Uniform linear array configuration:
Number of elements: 64
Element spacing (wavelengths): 0.25
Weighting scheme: exponential
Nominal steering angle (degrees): -60
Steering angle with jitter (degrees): -60.519
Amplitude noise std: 0.05
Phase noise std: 0.05

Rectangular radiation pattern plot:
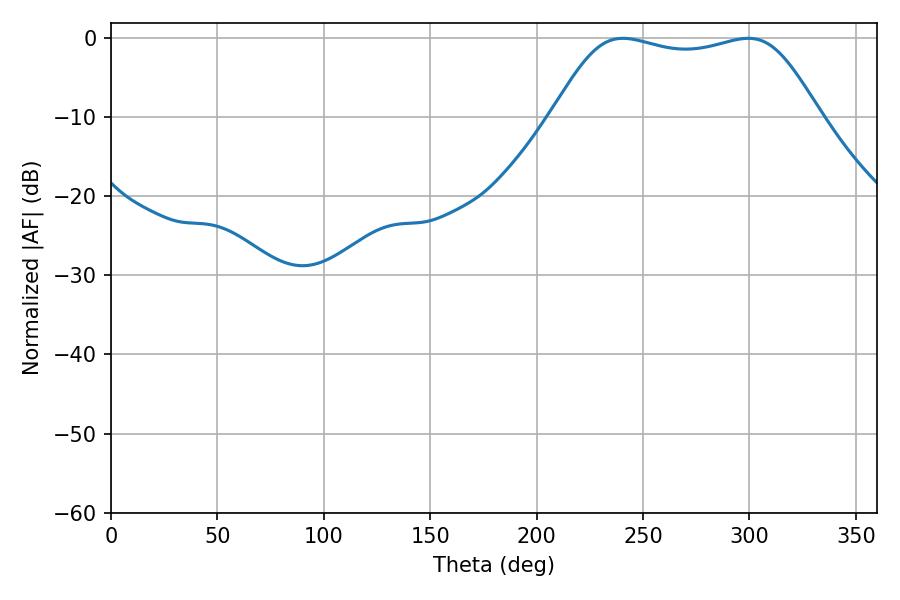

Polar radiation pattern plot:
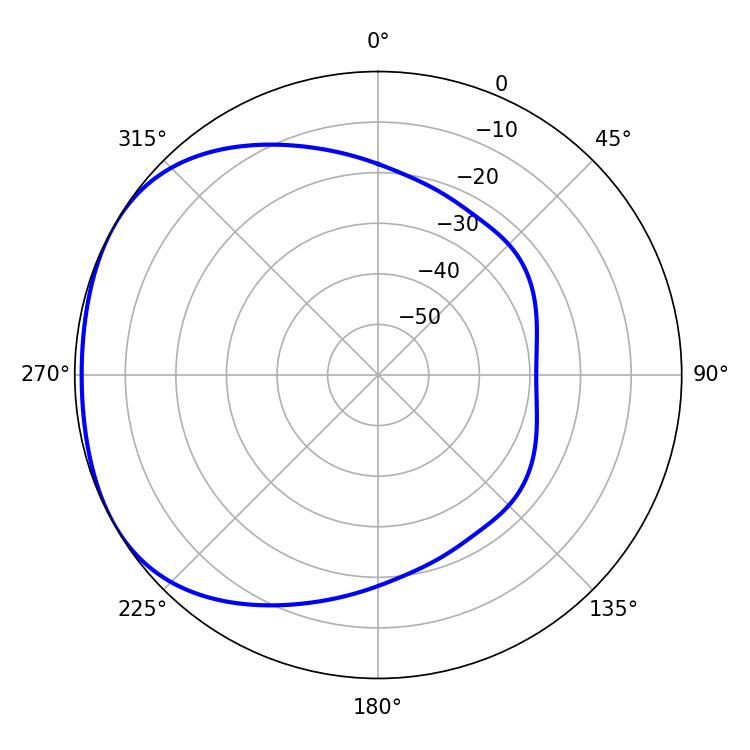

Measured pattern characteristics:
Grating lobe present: FALSE
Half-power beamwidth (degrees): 95.76
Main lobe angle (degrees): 240.48